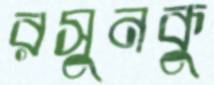
রসুনকু